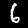
Digit: 6